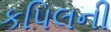
કપિલની